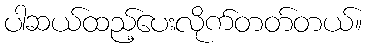
ပါဆယ်ထည့်ပေးလိုက်တတ်တယ်။